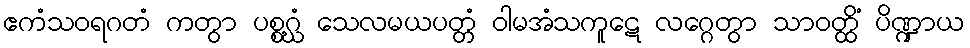
ဧကံသဝရဂတံ ကတွာ ပစ္စဂ္ဃံ သေလမယပတ္တံ ဝါမအံသကူဋေ လဂ္ဂေတွာ သာဝတ္ထိံ ပိဏ္ဍာယ